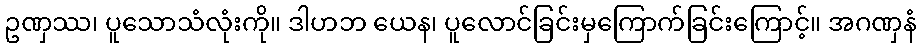
ဥဏှဿ၊ ပူသောသံလုံးကို။ ဒါဟဘ ယေန၊ ပူလောင်ခြင်းမှကြောက်ခြင်းကြောင့်။ အဂဏှနံ